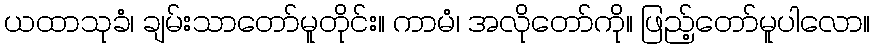
ယထာသုခံ၊ ချမ်းသာတော်မူတိုင်း။ ကာမံ၊ အလိုတော်ကို။ ဖြည့်တော်မူပါလော။